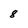
Character: 8